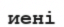
иені